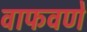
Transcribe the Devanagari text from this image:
वाफवणे